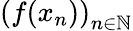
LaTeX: \left(f(x_{n})\right)_{n\in\mathbb{N}}